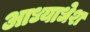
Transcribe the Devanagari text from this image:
आध्याधेश